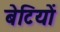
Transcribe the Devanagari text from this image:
बेटियाें